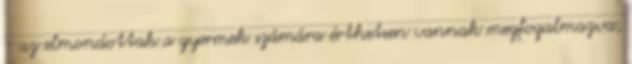
- az elmondottak a gyermek számára érthetıen vannak megfogalmazva,